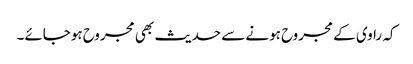
کہ راوی کے مجروح ہونے سے حدیث بھی مجروح ہوجائے۔